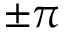
\pm \pi